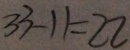
3 3 - 1 1 = 2 2